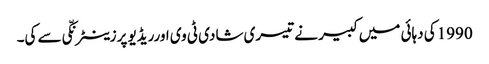
1990کی دہائی میں کبیر نے تیسری شادی ٹی وی اورریڈیو پرزینٹرنکّی سے کی۔